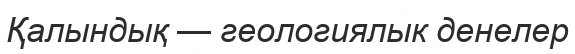
Қалындық — геологиялык денелер